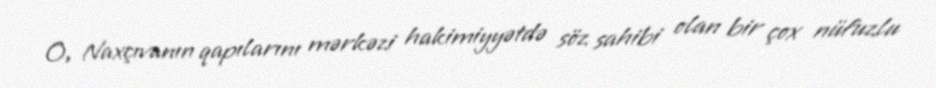
O, Naxçıvanın qapılarını mərkəzi hakimiyyətdə söz sahibi olan bir çox nüfuzlu